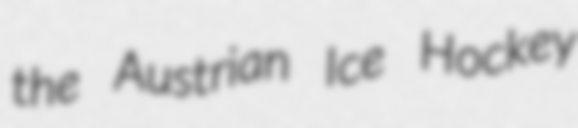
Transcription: the Austrian Ice Hockey